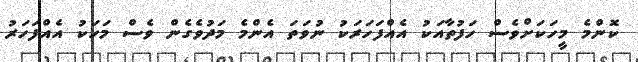
ކޮންމެ މީހަކަށްވެސް ހަފުތާއަކު އެއްފަހަރަކު ނުވަތަ އެންމެ މަދުވެގެން ވެސް މަހަކު އެއްފަހަރު